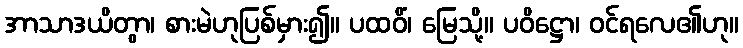
အာသာဒယိတွာ၊ စားမဲဟုပြစ်မှား၍။ ပထဝိံ၊ မြေသို့။ ပဝိဋ္ဌော၊ ဝင်ရလေ၏ဟု။